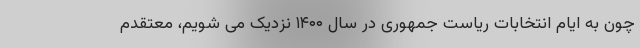
چون به ایام انتخابات ریاست جمهوری در سال ۱۴۰۰ نزدیک می شویم، معتقدم